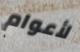
لأعوام